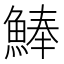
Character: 𩸮